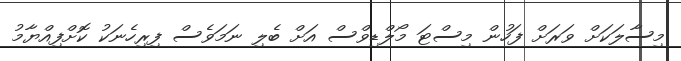
މިސާލަކަށް ވަރަށް ފަހުން މިސްޓަ މޯލްޑިވްސް އަށް ބެލި ނަމަވެސް ފިރިހެނަކު ކޮށްފިއްޔާމު